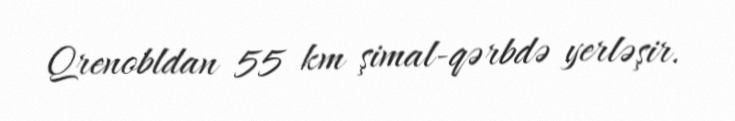
Qrenobldan 55 km şimal-qərbdə yerləşir.